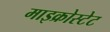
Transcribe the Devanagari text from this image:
माइक्रोस्टेट